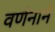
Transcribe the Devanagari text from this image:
वर्णनाने